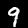
Digit: 9